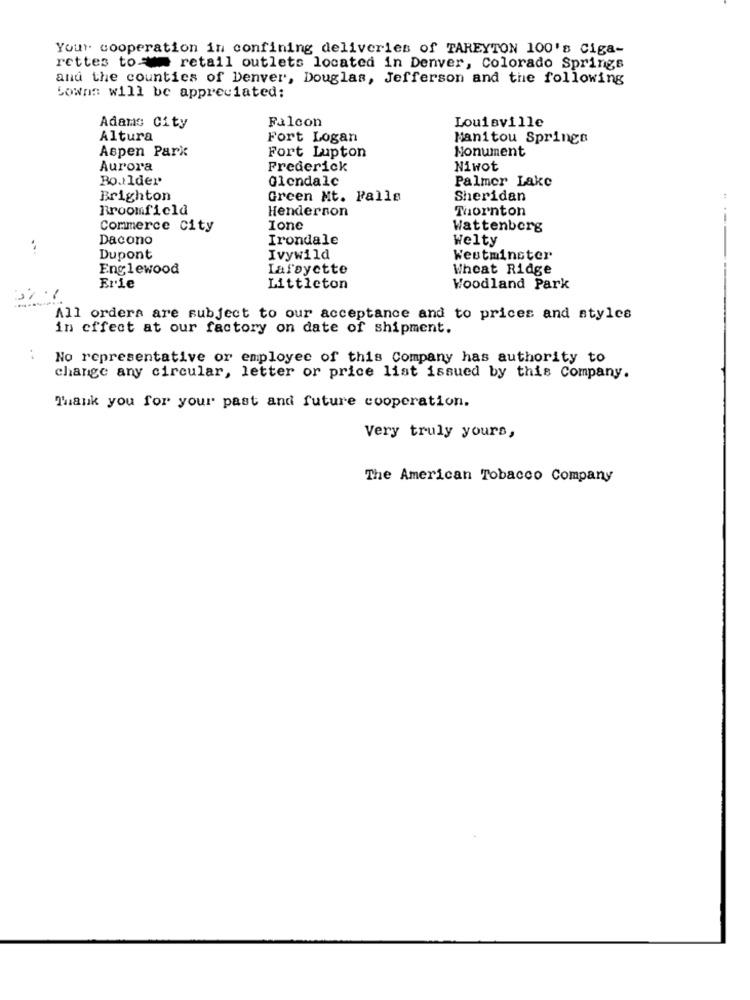
Your cooperation in confining deliveries of TAREYTON 100's Ciga-
rettes to = retail outlets located in Denver, Colorado Springs
and the counties of Denver, Douglas, Jefferson and the following
Lowns will be appreciated:
Falcon
Louisville
Adams City
Altura
Fort Logan
Manitou Springs
Aspen Park
Monument
Fort Lupton
Aurora
Frederick
Niwot
Boulder
Glendale
Palmer Lake
Brighton
Green Mt. Falle
Sheridan
Broomfield
Henderson
Thornton
Commerce City
Ionc
Wattenberg
Dacono
Irondale
Welty
Dupont
Ivywild
Westminster
Englewood
Lafayette
Wheat Ridge
--
Erie
Littleton
Woodland Park
All orders are subject to our acceptance and to prices and styles
in effect at our factory on date of shipment.
. .
No representative or employee of this Company has authority to
change any circular, letter or price list issued by this Company.
Thank you for your past and future cooperation.
Very truly yours,
The American Tobacco Company